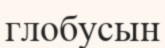
глобусын